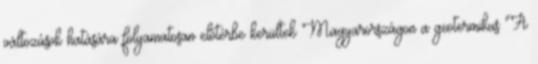
változások hatására folyamatosan előtérbe kerültek Magyarországon a geotermikus "A